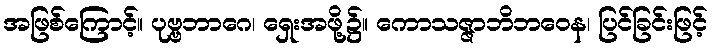
အဖြစ်ကြောင့်။ ပုဗ္ဗဘာဂေ၊ ရှေးအဖို့၌။ ကောသဇ္ဇာဘိဘဝေန၊ ပြင်ခြင်းဖြင့်